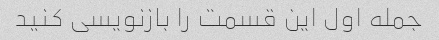
جمله اول این قسمت را بازنویسی کنید